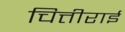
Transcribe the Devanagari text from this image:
चित्तीराई